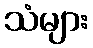
သံများ